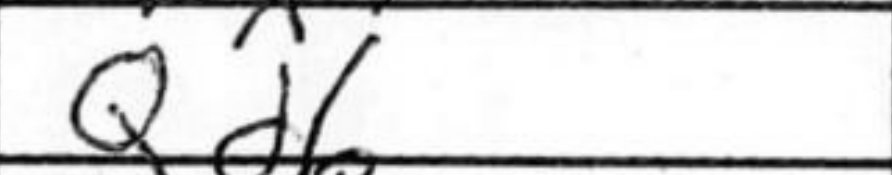
Transcription: Qd6